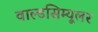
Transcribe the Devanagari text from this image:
वाल्डसिम्यूलर